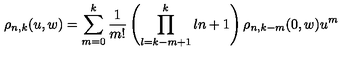
\rho _ { n , k } ( u , w ) = \sum _ { m = 0 } ^ { k } \frac { 1 } { m ! } \left( \prod _ { l = k - m + 1 } ^ { k } l n + 1 \right) \rho _ { n , k - m } ( 0 , w ) u ^ { m }